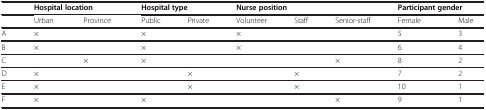
<table><thead><tr><td><b> </b></td><td colspan="2"><b>Hospital location</b></td><td colspan="2"><b>Hospital type</b></td><td colspan="3"><b>Nurse position</b></td><td colspan="2"><b>Participant gender</b></td></tr></thead><tbody><tr><td> </td><td>Urban</td><td>Province</td><td>Public</td><td>Private</td><td>Volunteer</td><td>Staff</td><td>Senior-staff</td><td>Female</td><td>Male</td></tr><tr><td>A</td><td>×</td><td> </td><td>×</td><td> </td><td>×</td><td> </td><td> </td><td>5</td><td>3</td></tr><tr><td>B</td><td>×</td><td> </td><td>×</td><td> </td><td>×</td><td> </td><td> </td><td>6</td><td>4</td></tr><tr><td>C</td><td> </td><td>×</td><td>×</td><td> </td><td> </td><td> </td><td>×</td><td>8</td><td>2</td></tr><tr><td>D</td><td>×</td><td> </td><td> </td><td>×</td><td> </td><td>×</td><td> </td><td>7</td><td>2</td></tr><tr><td>E</td><td>×</td><td> </td><td> </td><td>×</td><td> </td><td>×</td><td> </td><td>10</td><td>1</td></tr><tr><td>F</td><td>×</td><td> </td><td>×</td><td> </td><td> </td><td> </td><td>×</td><td>9</td><td>1</td></tr></tbody></table>